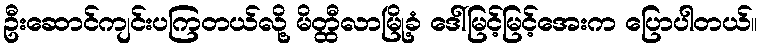
ဦးဆောင်ကျင်းပကြတယ်လို့ မိတ္ထီလာမြို့ခံ ဒေါ်မြင့်မြင့်အေးက ပြောပါတယ်။